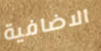
الاضافية